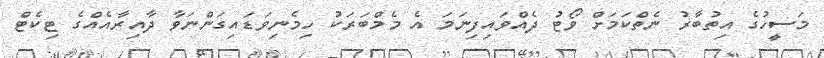
މަސީހުގެ އިތުބާރު ނެތްކަމަށް ވޯޓު ދެއްވައިފިނަމަ އެ މެމްބަރަކު ހިމެނިވަޑައިގަންނަވާ ދާއިރާއެއްގެ ޓިކެޓް